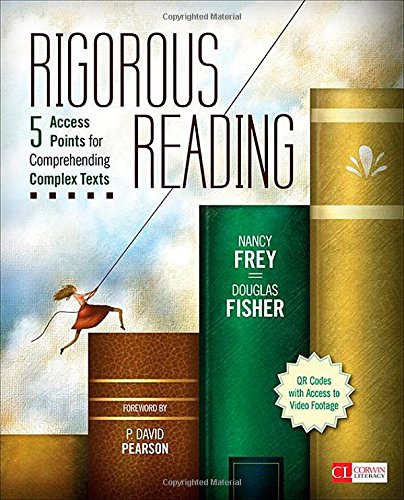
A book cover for Rigorous Reading: 5 Access Points for Comprehending Complex Texts (Corwin Literacy); Nancy Frey; Education & Teaching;